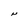
Character: N